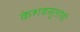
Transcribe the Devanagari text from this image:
केशवसुतांची